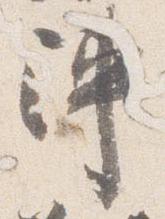
陣